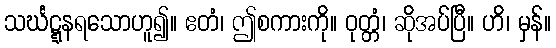
သင်္ဃဋ္ဋနရသောဟူ၍။ ဧတံ၊ ဤစကားကို။ ဝုတ္တံ၊ ဆိုအပ်ပြီ။ ဟိ၊ မှန်။